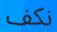
نكف